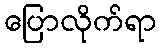
ပြောလိုက်ရာ